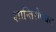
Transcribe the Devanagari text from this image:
शान्तिरोषधय